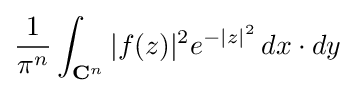
{{1 \over \pi ^{n}}\int _{{\mathbf {C} }^{n}}|f(z)|^{2}e^{-|z|^{2}}\,dx\cdot dy}